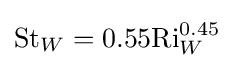
{\text{St}}_{W}=0.55{\text{Ri}}_{W}^{0.45}